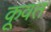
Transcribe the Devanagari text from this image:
कू़वत